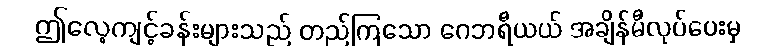
ဤလေ့ကျင့်ခန်းများသည် တည်ကြသော ဂေဘရီယယ် အချိန်မီလုပ်ပေးမှ